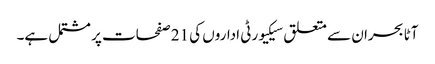
آٹا بحران سے متعلق سیکیورٹی اداروں کی 21 صفحات پر مشتمل ہے۔